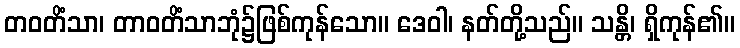
တဝတိံသာ၊ တာဝတိံသာဘုံ၌ဖြစ်ကုန်သော။ ဒေဝါ၊ နတ်တို့သည်။ သန္တိ၊ ရှိကုန်၏။